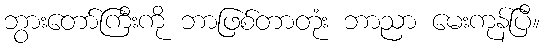
ဘွားတော်ကြီးကို ဘာဖြစ်တာတုံး ဘာညာ မေးကုန်ပြီ။